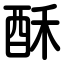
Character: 酥